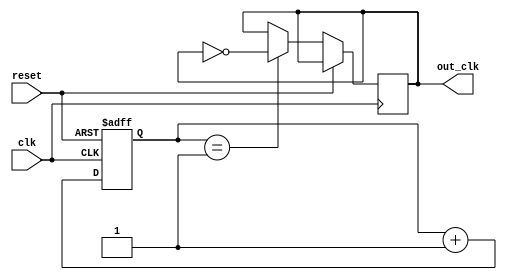
module johnson_counter_clock_divider (
    input wire clk,
    input wire reset,
    output reg out_clk
);

parameter DIV_RATIO = 2; // Specify the division ratio here

reg [3:0] count;

always @(posedge clk or posedge reset) begin
    if (reset) begin
        count <= 4'b0000;
    end else begin
        count <= count + 1;
        if (count == DIV_RATIO - 1) begin
            out_clk <= ~out_clk;
        end
    end
end

endmodule